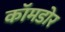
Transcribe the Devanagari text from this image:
कॉमडोर